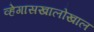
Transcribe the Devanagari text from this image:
व्हेगासखालोखाल